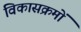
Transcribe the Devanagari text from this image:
विकासक्रमों